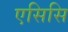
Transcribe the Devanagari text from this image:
एसिसि